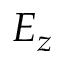
E _ { z }